65_HS1-834228961_62-HQ-83894_Section_4
Agency: FBI
Page 144
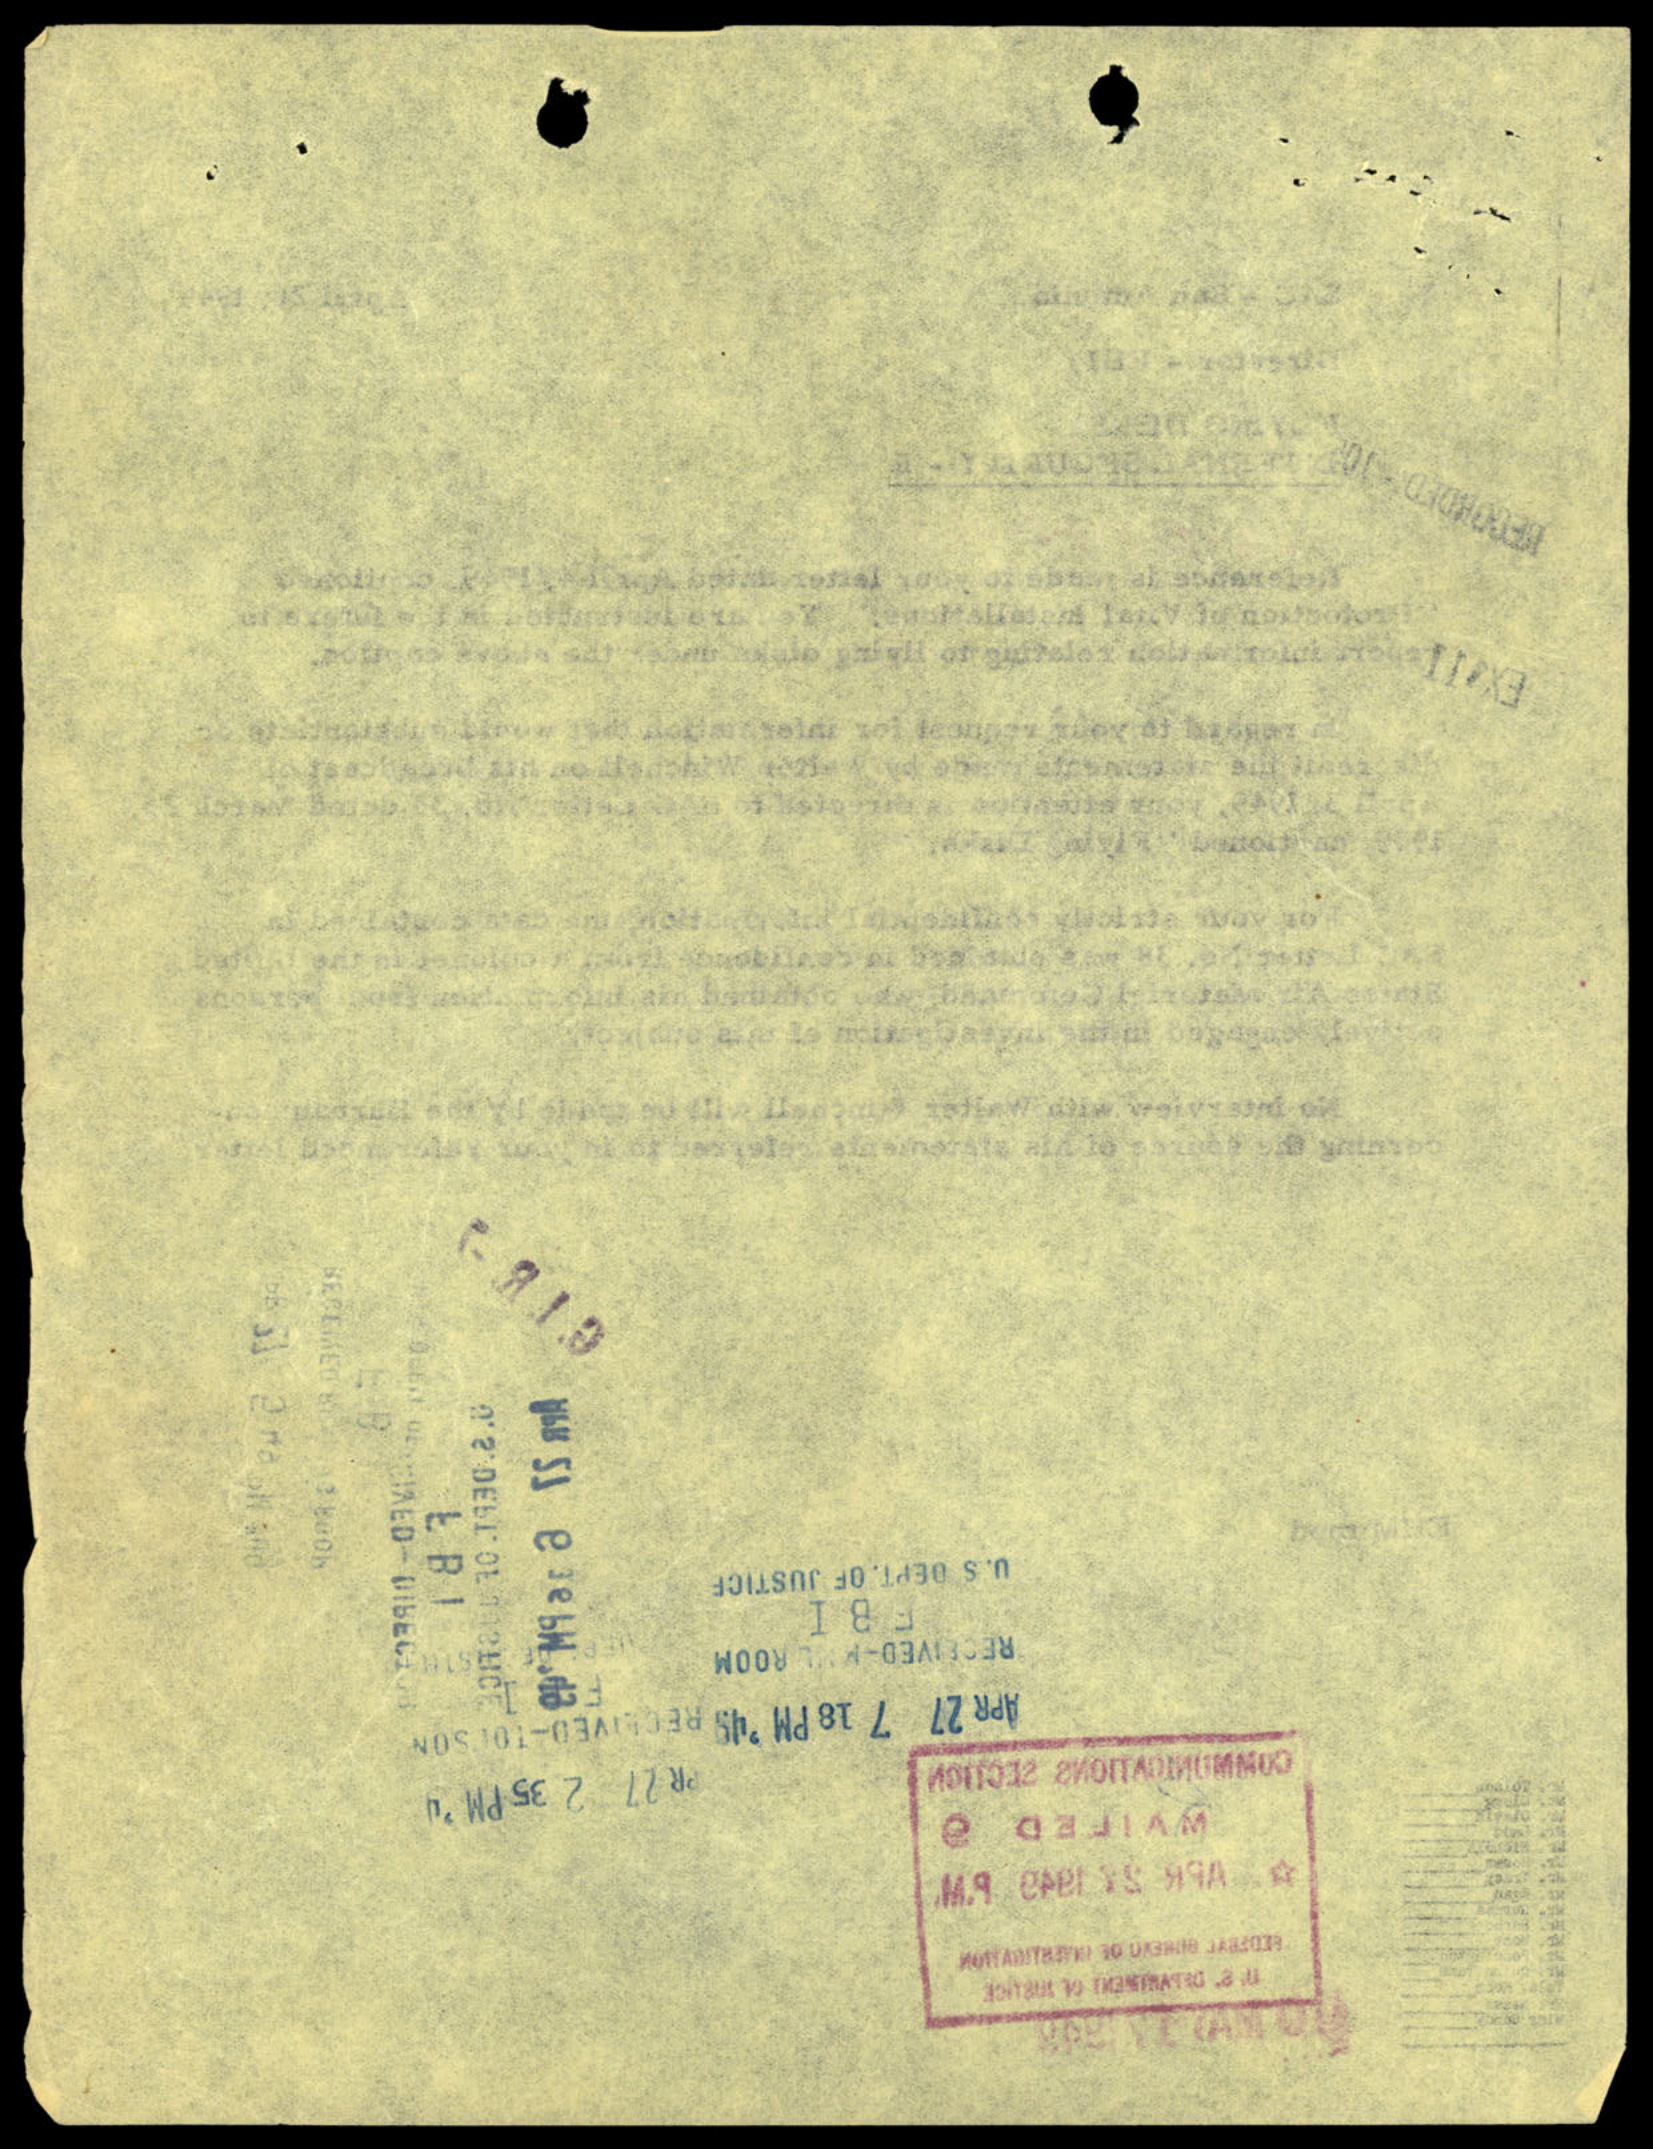